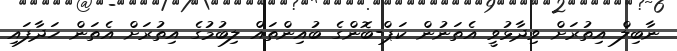
ނާބިލް އިތުރަށް ވިދާޅުވީ އެތަނުން ކަޕް-ބޮންގެ ބުއިންތައް ލިބުމުގެ އިތުރަށް އެތަން ހަދާފައި